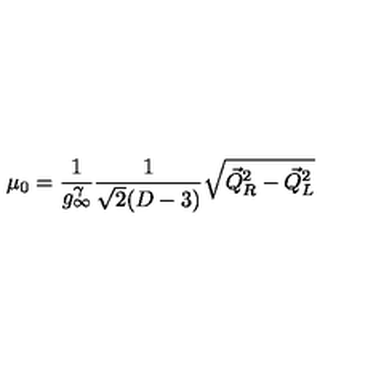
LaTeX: \mu _ { 0 } = \frac { 1 } { g _ { \infty } ^ { \gamma } } \frac { 1 } { \sqrt { 2 } ( D - 3 ) } \sqrt { { \vec { Q } } _ { R } ^ { 2 } - { \vec { Q } } _ { L } ^ { 2 } } \nonumber \,